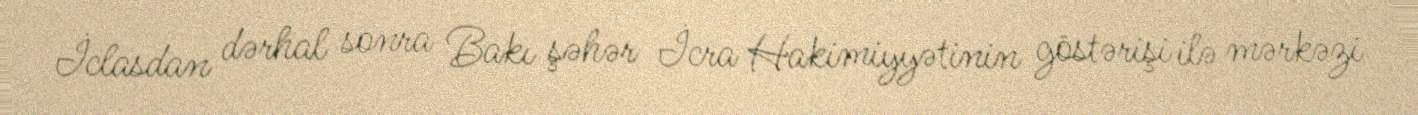
İclasdan dərhal sonra Bakı şəhər İcra Hakimiyyətinin göstərişi ilə mərkəzi